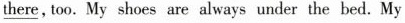
\underline{there}, too. My shoes are always under the bed. My